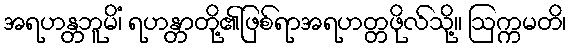
အရဟန္တဘူမိံ၊ ရဟန္တာတို့၏ဖြစ်ရာအရဟတ္တဖိုလ်သို့။ ဩက္ကမတိ၊